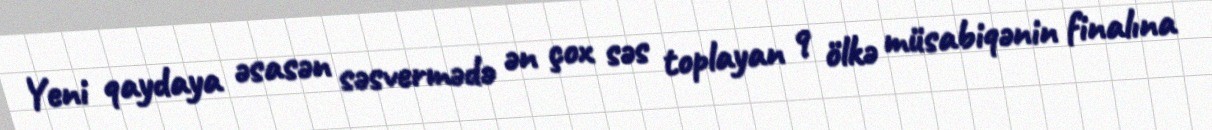
Yeni qaydaya əsasən səsvermədə ən çox səs toplayan 9 ölkə müsabiqənin finalına